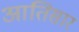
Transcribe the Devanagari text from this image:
आतिसार